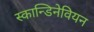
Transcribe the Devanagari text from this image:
स्कान्डिनेवियन